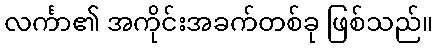
လင်္ကာ၏ အကိုင်းအခက်တစ်ခု ဖြစ်သည်။